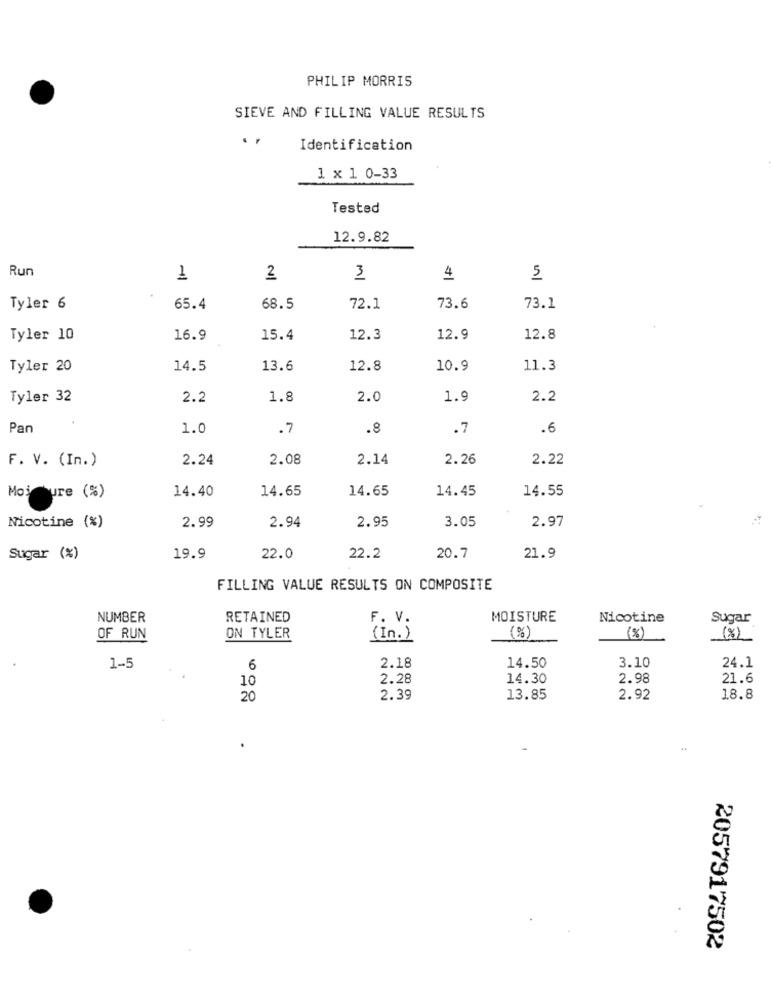
PHILIP MORRIS
SIEVE AND FILLING VALUE RESULTS
Identification
1 × 1 0-33
Tested
12.9.82
Run
1
2
3
4
5
Tyler 6
65.4
68.5
72.1
73.6
73.1
Tyler 10
16.9
15.4
12.3
12.9
12.8
Tyler 20
14.5
13.6
12.8
10.9
11.3
Tyler 32
2.2
1.8
2.0
1.9
2.2
Pan
1.0
.7
.8
.7
.6
F. V. (In.)
2.24
2.08
2.14
2.26
2.22
14.40
14.65
14.65
14.45
14.55
Mojeure (%)
2.95
3.05
2.97
Nicotine (%)
2.99
2.94
Sugar (%)
19.9
22.0
22.2
20.7
21.9
FILLING VALUE RESULTS ON COMPOSITE
NUMBER
RETAINED
F. V.
MOISTURE
Nicotine
Sugar
OF RUN
ON TYLER
(In.)
(%)
(%)
24.1
1-5
6
2.18
14.50
3.10
10
2.28
14.30
2.98
21.6
20
2.39
13.85
2.92
18.8
2057917502